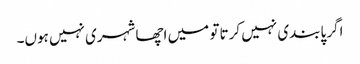
اگر پابندی نہیں کرتا تو میں اچھا شہری نہیں ہوں۔